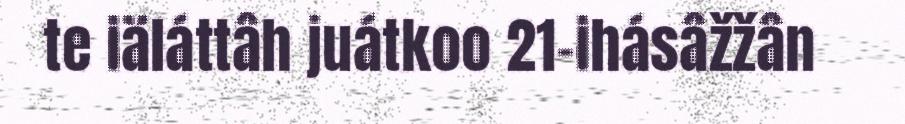
te iäláttâh juátkoo 21-ihásâžžân